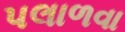
પલાળવા